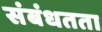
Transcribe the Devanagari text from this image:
संबंधतता